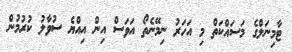
ޓާމިނަލްގެ މަސައްކަތް މި އަހަރު ނިމޭނެތޯ އަވަސް އިން އިއްޔެ ސުވާލު ކުރުމުން